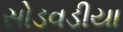
સોડવડીયા